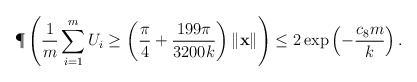
\begin{align*}\P\left( \frac{1}{m}\sum_{i=1}^m U_i \geq \left(\frac{\pi}{4}+\frac{199\pi}{3200k}\right)\|\mathbf{x}\| \right)\leq 2\exp\left(-\frac{c_8m}{k}\right).\end{align*}